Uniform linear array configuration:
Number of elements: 16
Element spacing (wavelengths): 0.75
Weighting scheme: hamming
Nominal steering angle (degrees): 60
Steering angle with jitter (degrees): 61.689
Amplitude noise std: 0.05
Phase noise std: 0.05

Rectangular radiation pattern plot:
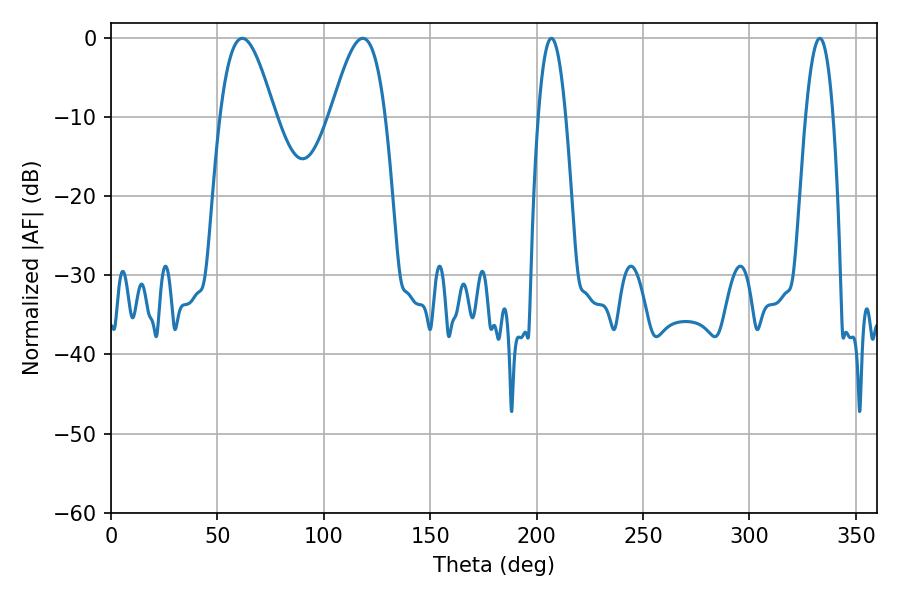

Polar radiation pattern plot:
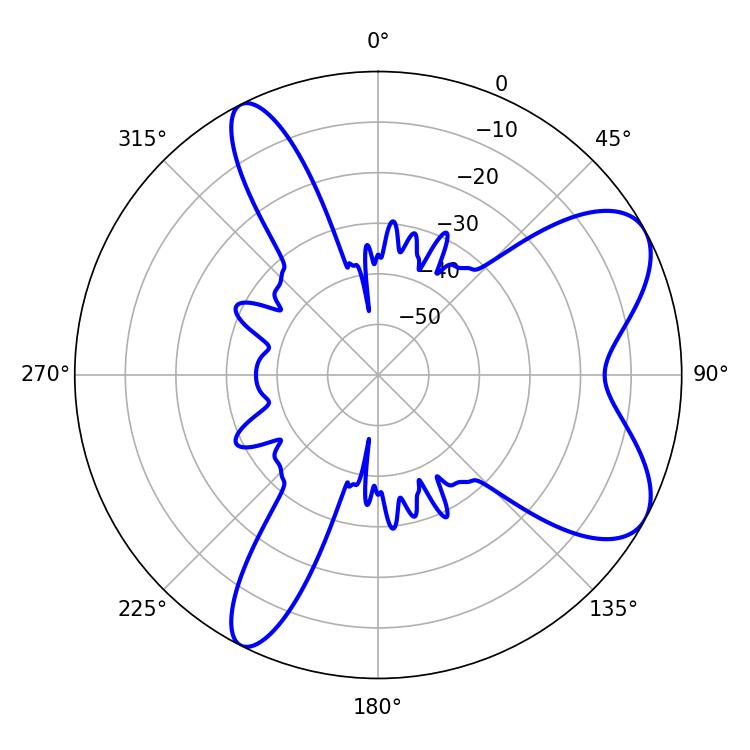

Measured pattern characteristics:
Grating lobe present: TRUE
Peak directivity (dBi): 7.446
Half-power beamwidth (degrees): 13.68
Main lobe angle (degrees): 61.74